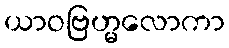
ယာဝဗြဟ္မလောကာ